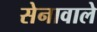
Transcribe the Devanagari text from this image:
सेनावाले